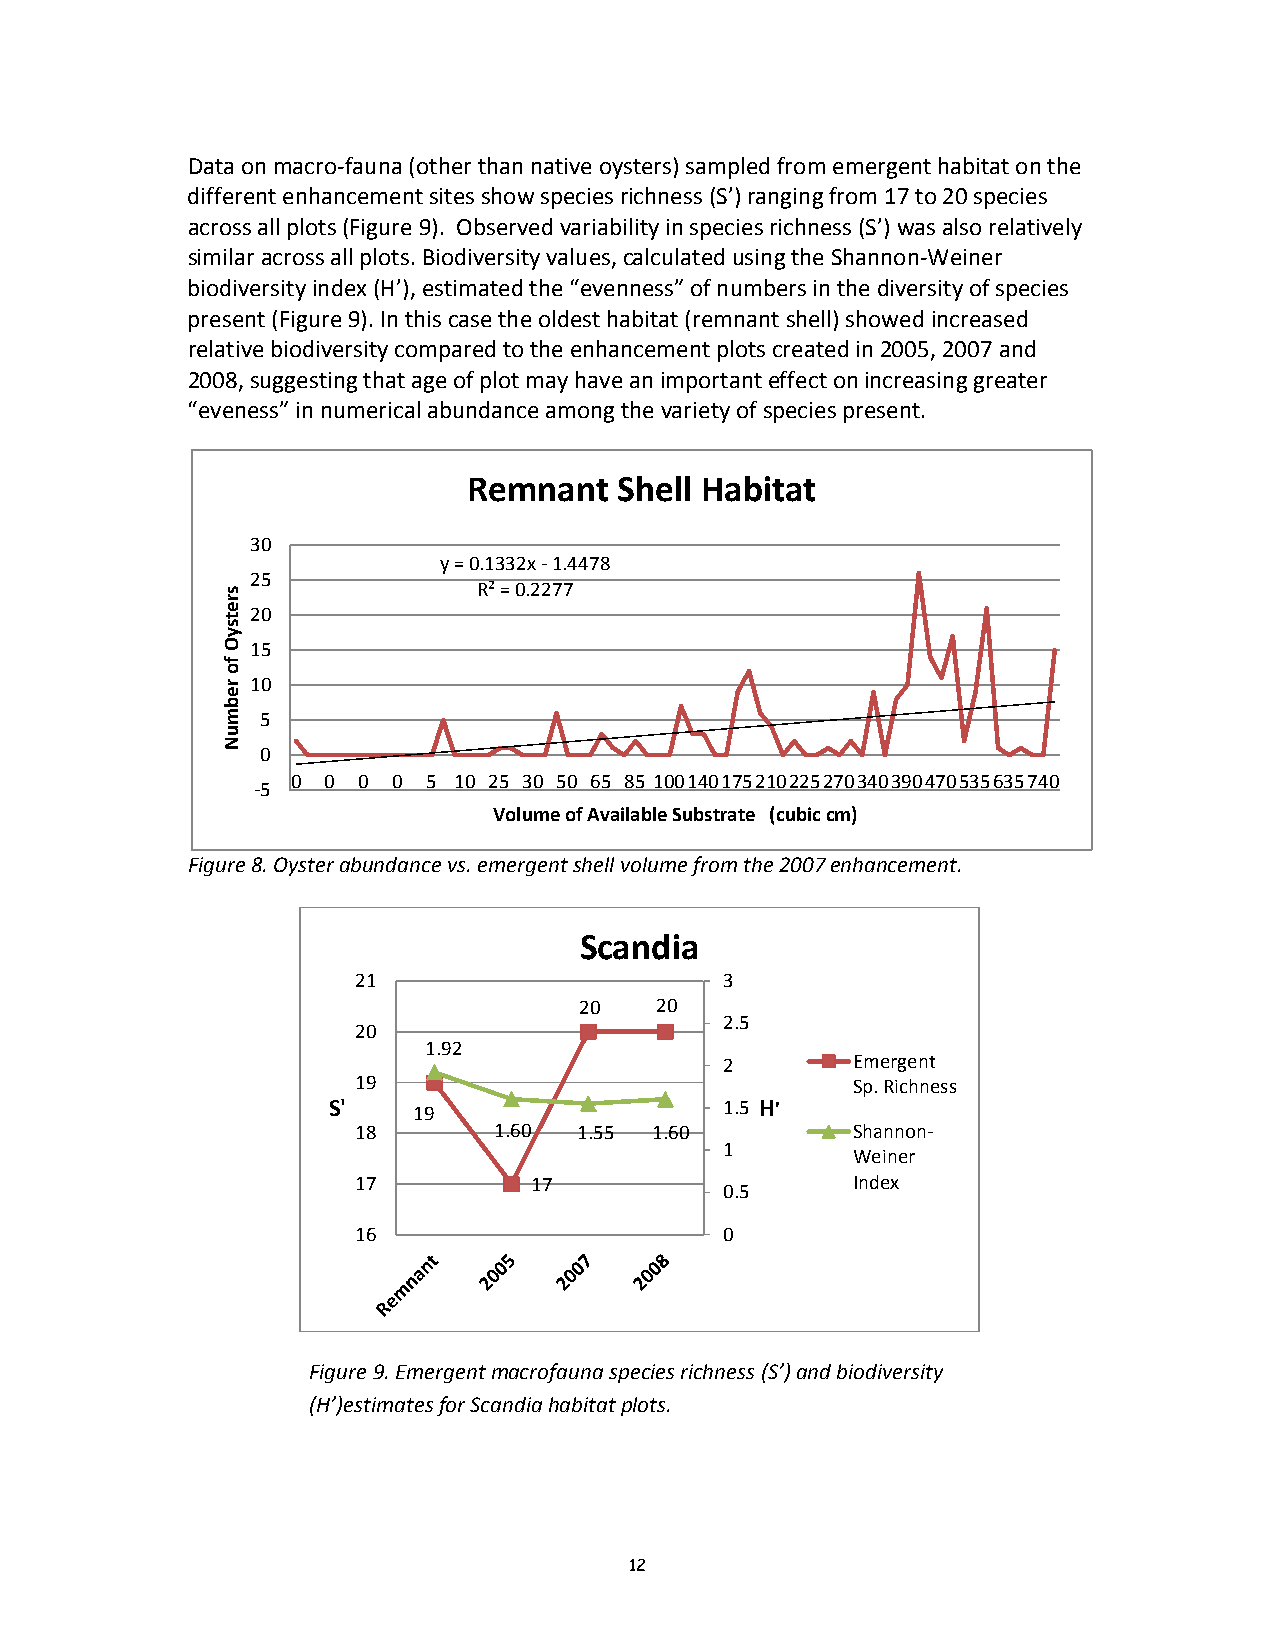
Data on macro‐fauna (other than native oysters) sampled from emergent habitat on the
 different enhancement sites show species richness (S’) ranging from 17 to 20 species
 across all plots (Figure 9). Observed variability in species richness (S’) was also relatively
 similar across all plots. Biodiversity values, calculated using the Shannon‐Weiner
 biodiversity index (H’), estimated the “evenness” of numbers in the diversity of species
 present (Figure 9). In this case the oldest habitat (remnant shell) showed increased
 relative biodiversity compared to the enhancement plots created in 2005, 2007 and
 2008, suggesting that age of plot may have an important effect on increasing greater
 “eveness” in numerical abundance among the variety of species present.
 Remnant   Shell Habitat
 30
 y = 0.1332x ‐1.4478
 25
 R² = 0.2277
 20
 15
 10
 5
 0
 0  0 0 0 5 10 25 30 50 65 85 100140175210225270340390470535635740
 ‐5
 Volume of Available Substrate (cubic cm)
 Figure 8. Oyster abundance vs. emergent shell volume from the 2007 enhancement.
 Scandia
 21                      3
 20   20
 2.5
 20
 1.92
 2       Emergent
 19                              Sp. Richness
 S'
 19
 1.5 H'
 18       1.60 1.55 1.60         Shannon‐
 1
 Weiner
 17         17                   Index
 0.5
 16                      0
 Figure 9. Emergent macrofauna species richness (S’) and biodiversity
 (H’)estimates for Scandia habitat plots.
 12
 sretsyO
 fo
 rebmuN